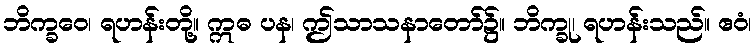
ဘိက္ခဝေ၊ ရဟန်းတို့။ ဣဓ ပန၊ ဤသာသနာတော်၌။ ဘိက္ခု၊ ရဟန်းသည်။ ဧဝံ၊